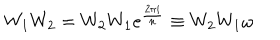
LaTeX: W _ { 1 } W _ { 2 } = W _ { 2 } W _ { 1 } e ^ { \frac { 2 \pi i } { n } } \equiv W _ { 2 } W _ { 1 } \omega